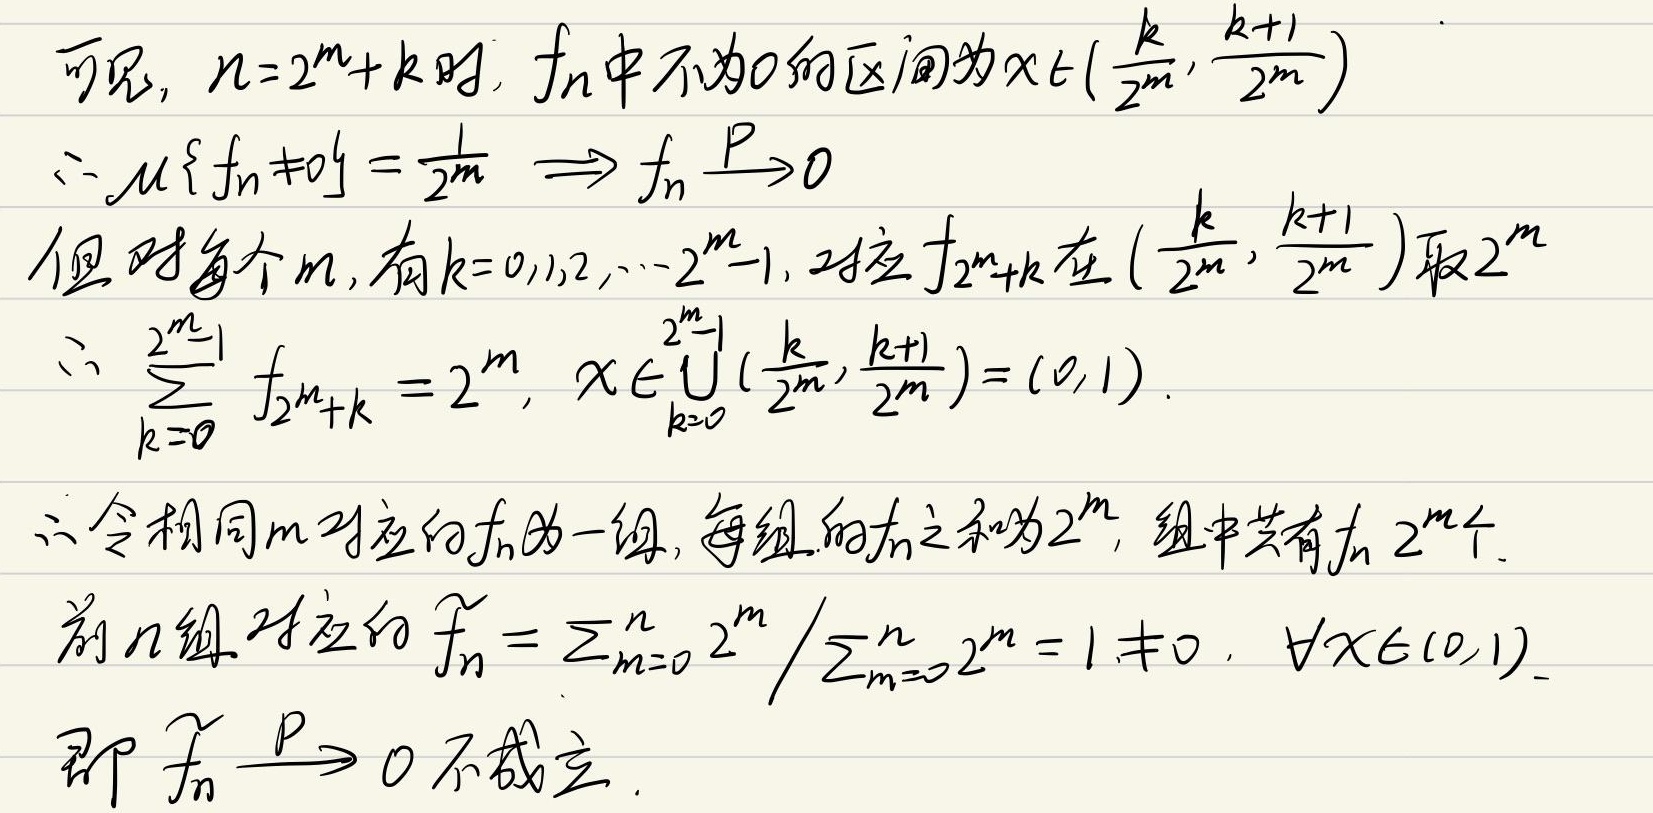
可见，当\(n = 2^m + k\)时，\(f_n\)中不为\(0\)的区间为\(x\in(\frac{k}{2^m},\frac{k + 1}{2^m})\)。
\(\therefore\mu\{f_n\neq0\}=\frac{1}{2^m}\Longrightarrow f_n\xrightarrow{P}0\)
但对每个\(m\)，有\(k = 0,1,2,\cdots,2^m - 1\)，对应\(f_{2^m + k}\)在\((\frac{k}{2^m},\frac{k + 1}{2^m})\)取\(2^m\)。
\(\therefore\sum_{k = 0}^{2^m - 1}f_{2^m + k}=2^m\)，\(x\in\bigcup_{k = 0}^{2^m - 1}(\frac{k}{2^m},\frac{k + 1}{2^m})=(0,1)\)。
\(\therefore\)令相同\(m\)对应的\(f_n\)为一组，每组的\(f_n\)之和为\(2^m\)，组中共有\(2^m\)个\(f_n\)。
前\(n\)组对应的\(\widetilde{f_n}=\frac{\sum_{m = 0}^{n}2^m}{\sum_{m = 0}^{n}2^m}=1\neq0\)，\(\forall x\in(0,1)\)。
即\(\widetilde{f_n}\xrightarrow{P}0\)不成立。